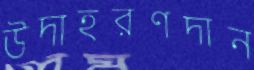
উদাহরণদান